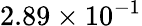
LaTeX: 2.89\times 10^{-1}